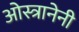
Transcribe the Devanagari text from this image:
ओस्त्रानेनी